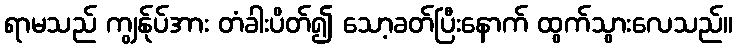
ရာမသည် ကျွန်ုပ်အား တံခါးပိတ်၍ သော့ခတ်ပြီးနောက် ထွက်သွားလေသည်။